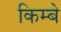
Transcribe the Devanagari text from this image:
किम्बे